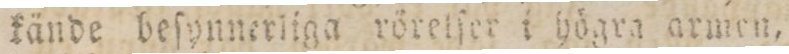
kände beſynnerliga rörelſer i högra armen,